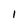
Character: l